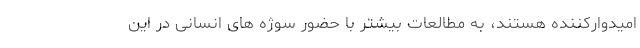
امیدوارکننده هستند، به مطالعات بیشتر با حضور سوژه های انسانی در این